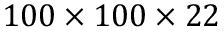
1 0 0 \times 1 0 0 \times 2 2